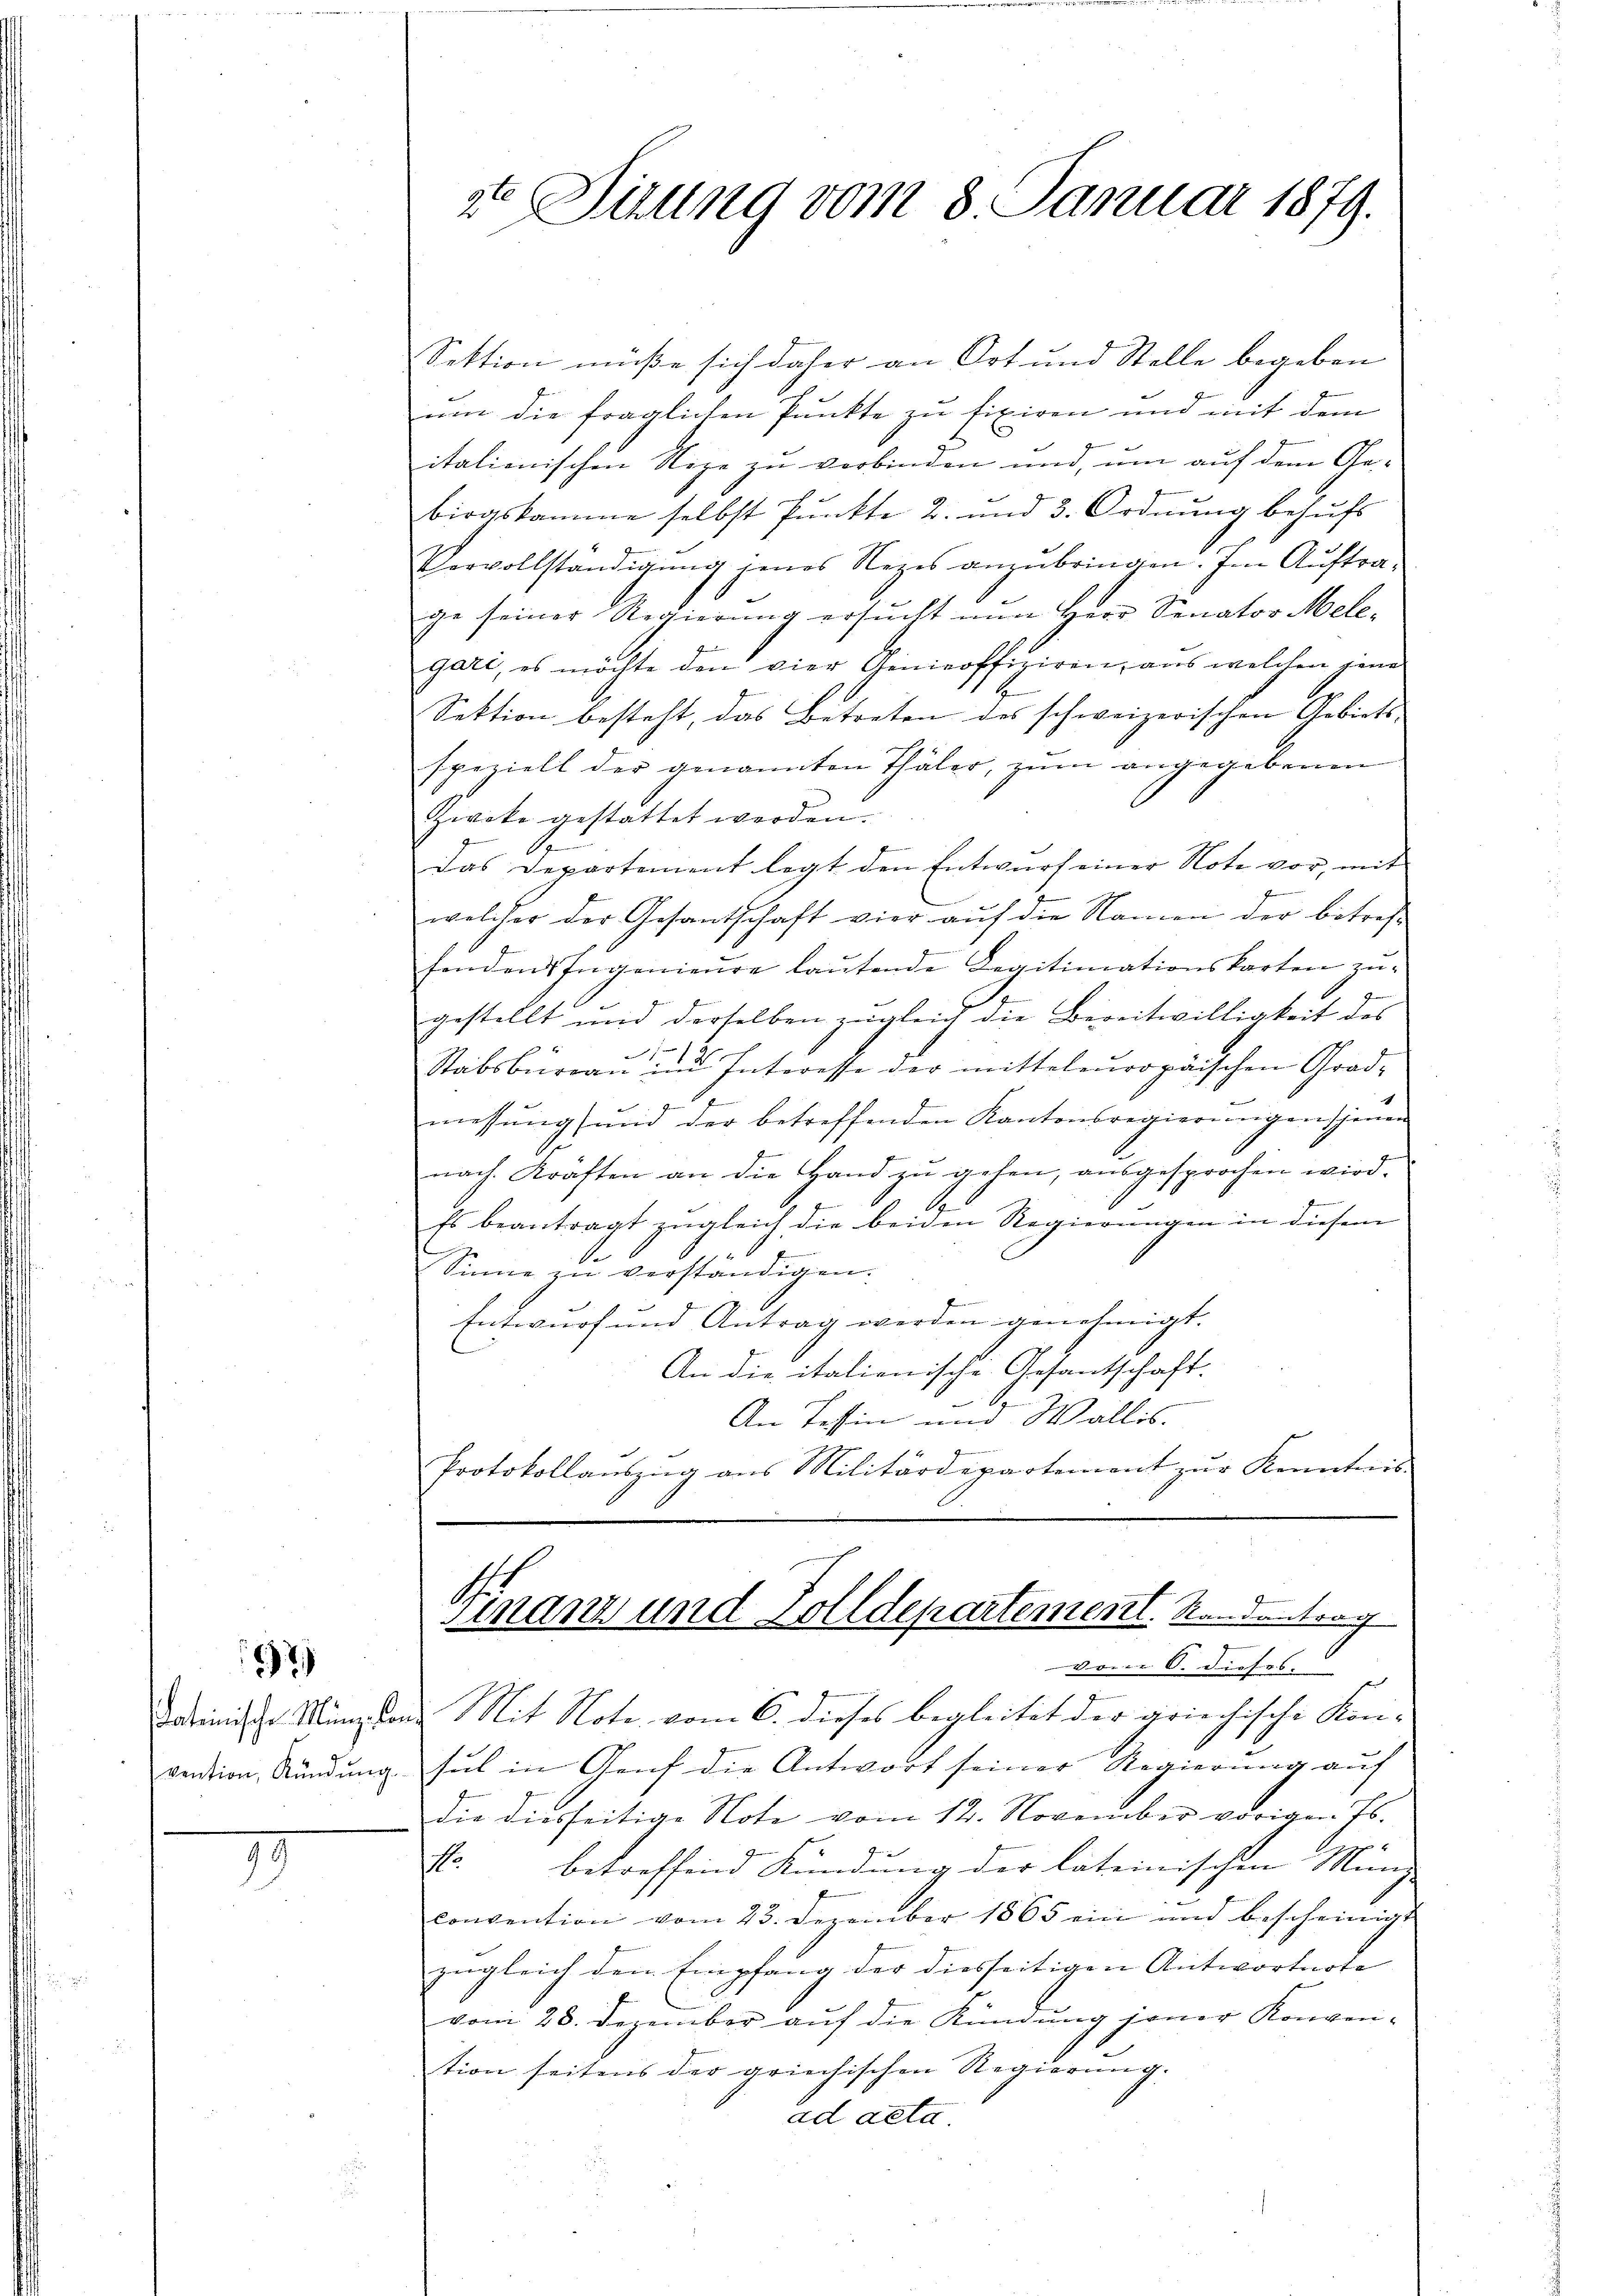
2

dateinische Münz- Co
vention, Kündŭng.

19

ze Situng vom 8. Januar 1879.

Sektion müße sich daher an Ort und Stelle begeben
um die fraglichen Punkte zu fixiren und mit dem
itationischen Nege zu verbinden und, um auf dem Gebirgskamme selbst Punkte 2. und 3. Ordnung behufs
Vervollständigung jenes Rezes anzubringen. Im Auftrage seiner Regierung ersucht nun Herr Senator Mele-
gari, es möchte den vier Genicoffiziren, aus welchen jene
E
Sektion besteht, das Betreten des schweizerischen Gebiets-
speziell der genannten Thäler, zŭm angegebenen
Zwike gestattet werden.
f
6.
Das Departement legt den Entwurf einer Note vor, mit
i
welcher der Gesantschaft vier auf die Namen der betrefsonden Ingenieure laŭtende Legitimationskarten zŭ-
J
gestellt und derselben zugleich die Bereitwilligkeit des
7
Stabsbureau und Interesse der mitteleuropäischen Grad-
c
1
9
messŭngsanid der betreffenden Kantonsregierungen jenen
nach Kräften an die Hand zu gehen, ausgesprochen wird.
Es beantragt zŭgleich die beiden Regierungen in diesem
Sinne zu verständigen.
Entwurf und Antrag werden genehmigt.
An die italienische Gesantschaft.
An Tessin und Wallis.
Protokollauszug aus Militärdepartement zur Kenntnis.

Finanz und Tolldepartement. Standentrag
e

vom 6. dieses
e
a. Mit Note vom 6. dieses begleitet der griechische Kon-
sul in Genf die Antwort seiner Regierung auf
die diesseitige Note vom 12. November vorigen Js.
st. betreffend Kündŭng der lateinischen Münz-
convention vom 23. Dezember 1865 ein und bescheinigt
zugleich den Empfang der diesseitigen Antworteoto
vom 28. Dezember auf die Kündung jener Konven-
tion seitens der griechischen Regierung.
ad acta